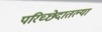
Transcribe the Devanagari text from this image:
परिच्छेदातल्या